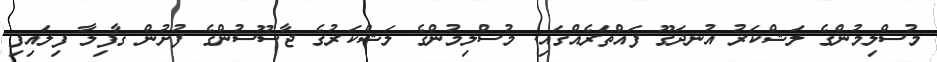
މުސްލިމުންގެ ލަޝްކަރު އުނދަގޫ ފައްތަރެއްގައި: މުސްލިމުންގެ ލަޝްކަރުގެ ޖާސޫސުންގެ ފުށުން ޤާފިލާ ފިލައިފި